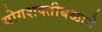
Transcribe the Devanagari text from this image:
योगशक्तीबळाने